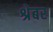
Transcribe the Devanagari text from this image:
श्रेबर